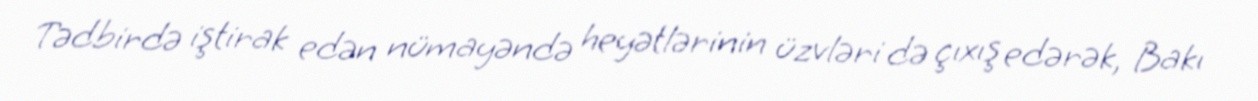
Tədbirdə iştirak edən nümayəndə heyətlərinin üzvləri də çıxış edərək, Bakı